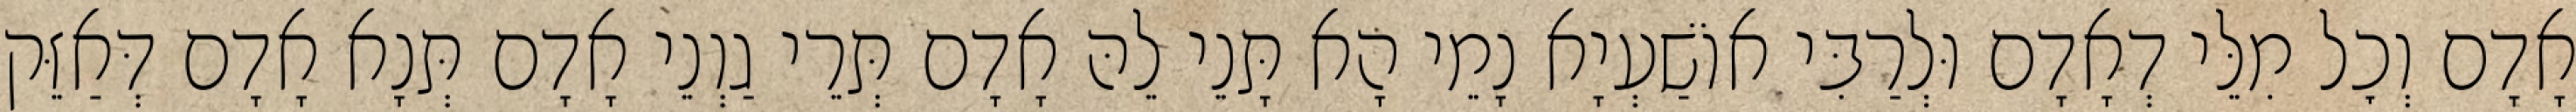
אָדָם וְכׇל מִלֵּי דְאָדָם וּלְרַבִּי אוֹשַׁעְיָא נָמֵי הָא תָּנֵי לֵהּ אָדָם תְּרֵי גַוְנֵי אָדָם תְּנָא אָדָם דְּאַזֵּק